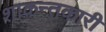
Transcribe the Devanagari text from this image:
शाकन्तकारी